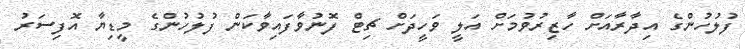
ފުލުހުންގެ އިދާރާއަށް ހާޒިރުވުމަށް އަލީ ވަހީދަށް ޗިޓް ފޮނުވާފައިވާކަން ފުލުހުންގެ މީޑިޔާ އޮފިސަރު